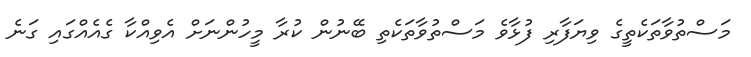
މަސްތުވާތަކެތީގެ ވިޔަފާރި ފުޅާވެ މަސްތުވާތަކެތި ބޭނުން ކުރާ މީހުންނަށް އެވިއްކާ ގެއެއްގައި ގަނެ